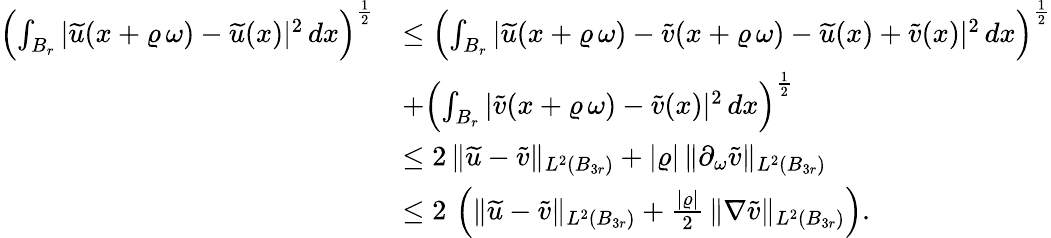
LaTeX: \begin{array}{rl}{\left(\int_{B_{r}}|\widetilde{u}(x+\varrho\, \omega)-\widetilde{u}(x)|^{2}\, dx\right)^{\frac{1}{2}}}&{\le\left(\int_{B_{r}}|\widetilde{u}(x+\varrho\, \omega)-\widetilde{v}(x+\varrho\, \omega)-\widetilde{u}(x)+\widetilde{v}(x)|^{2}\, dx\right)^{\frac{1}{2}}}\\ &{+\left(\int_{B_{r}}|\widetilde{v}(x+\varrho\, \omega)-\widetilde{v}(x)|^{2}\, dx\right)^{\frac{1}{2}}}\\ &{\le 2\, \| \widetilde{u}-\widetilde{v}\| _{L^{2}(B_{3r})}+|\varrho|\, \| \partial_{\omega}\widetilde{v}\| _{L^{2}(B_{3r})}}\\ &{\le 2\, \left(\| \widetilde{u}-\widetilde{v}\| _{L^{2}(B_{3r})}+\frac{|\varrho|}{2}\, \| \nabla\widetilde{v}\| _{L^{2}(B_{3r})}\right).}\end{array}